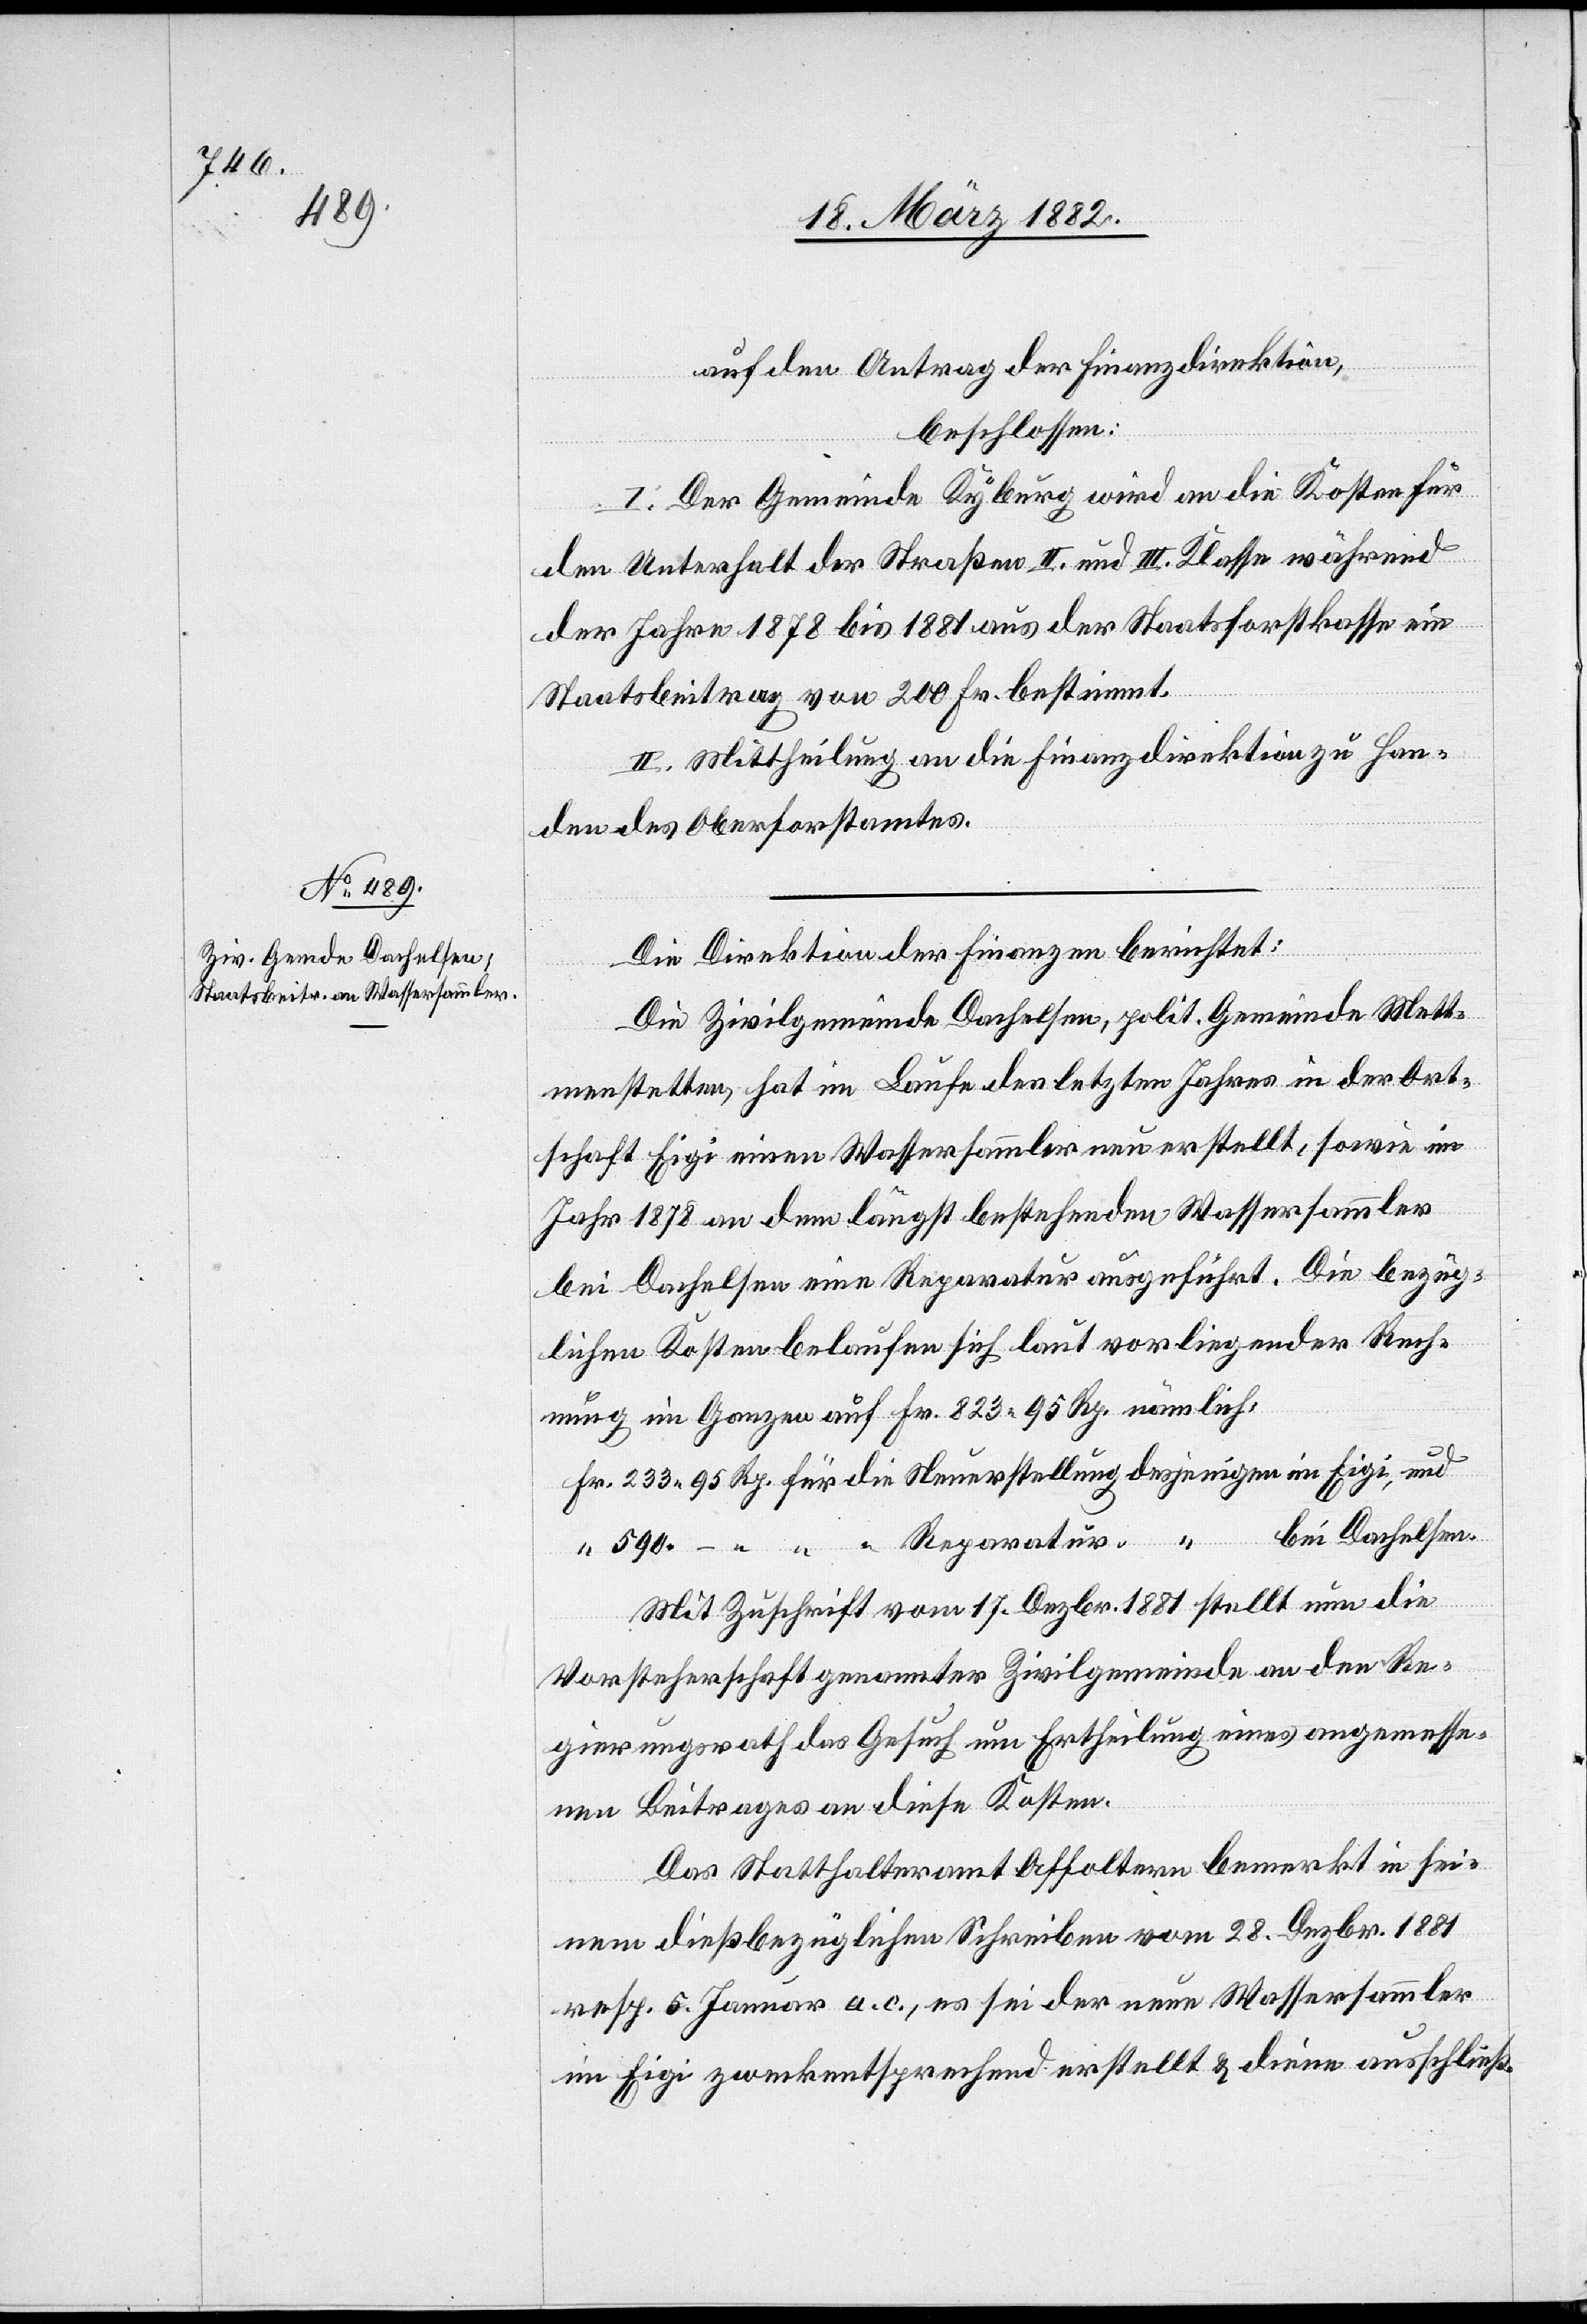
auf den Antrag der Finanzdirektion,
beschlossen:
I. Der Gemeinde Kyburg wird an die Kosten für
den Unterhalt der Straßen II. und III. Klasse während
der Jahre 1878 bis 1881 aus der Staatsforstkasse ein
Staatsbeitrag von 200 Fr. bestimmt.
II. Mittheilung an die Finanzdirektion zu Han¬
den des Oberforstamtes.
Die Direktion der Finanzen berichtet:
Die Zivilgemeinde Dachelsen, polit. Gemeinde Mett¬
menstetten, hat im Laufe des letzten Jahres in der Ort¬
schaft Eigi einen Wassersammler neu erstellt, sowie im
Jahr 1878 an dem längst bestehenden Wassersammler
bei Dachelsen eine Reparatur ausgeführt. Die bezüg¬
lichen Kosten belaufen sich laut vorliegender Rech¬
nung im Ganzen auf Fr. 823 95 Rp. nämlich:
bei Dachelsen.
“ “ “ Reparatur “
igen
Mit Zuschrift vom 17. Dezbr. 1881 stellt nun die
Vorsteherschaft genannter Zivilgemeinden an den Re¬
gierungsrath das Gesuch um Ertheilung eines angemesse¬
n Beitrages an diese Kosten.
Das Statthalteramt Affoltern bemerkt in sei¬
nem dießbezüglichen Schreiben vom 28. Dezbr. 1881
resp. 5. Januar a. c., es sei der neue Wassersammler
im Eigi zweckentsprechend erstellt & diene ausschließ-